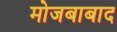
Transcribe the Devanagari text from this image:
मोजबाबाद